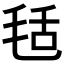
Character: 𣭪